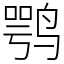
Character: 鹗